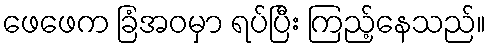
ဖေဖေက ခြံအဝမှာ ရပ်ပြီး ကြည့်နေသည်။